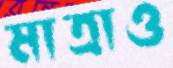
মাত্রাও